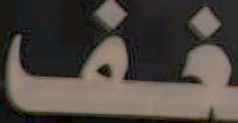
فف